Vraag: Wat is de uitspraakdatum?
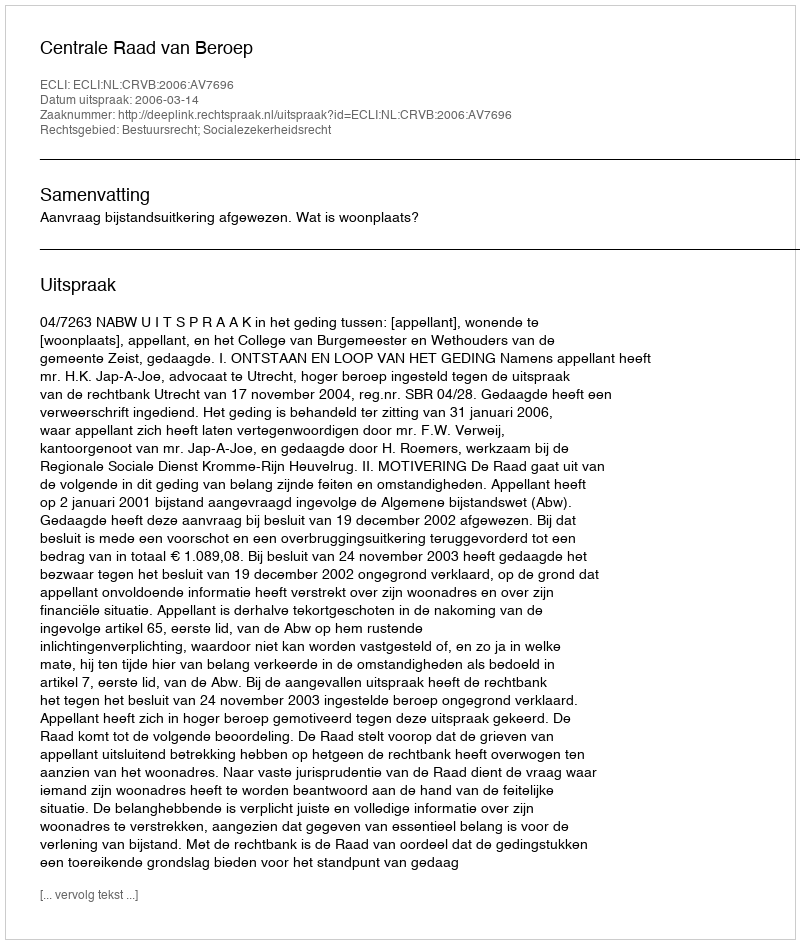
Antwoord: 2006-03-14